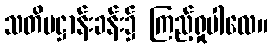
သတိပဋ္ဌာန်းခန်း၌ ကြည့်ရှုပါလေ။